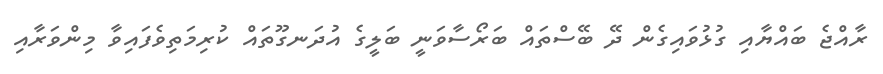
ރާއްޖެ ބައްޔާއި ގުޅުވައިގެން ދޭ ބޭސްތައް ބަރޯސާވަނީ ބަލީގެ އުދަނގޫތައް ކުރިމަތިވެފައިވާ މިންވަރާއި